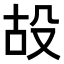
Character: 𣪇